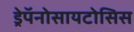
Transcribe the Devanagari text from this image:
ड्रेपॅनोसायटोसिस